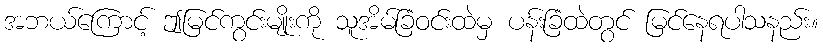
အဘယ်ကြောင့် ဤမြင်ကွင်းမျိုးကို သူအိမ်ခြံဝင်းထဲမှ ပန်းခြံထဲတွင် မြင်နေရပါသနည်း။